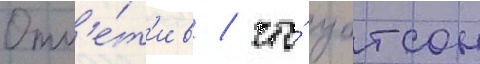
Отм'е́т'ив / что́ уотсон